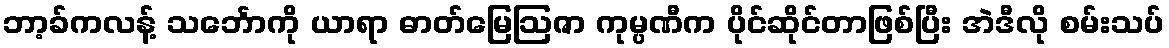
ဘာ့ခ်ကလန့် သင်္ဘောကို ယာရာ ဓာတ်မြေဩဇာ ကုမ္ပဏီက ပိုင်ဆိုင်တာဖြစ်ပြီး အဲဒီလို စမ်းသပ်